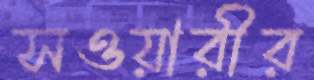
সওয়ারীর